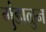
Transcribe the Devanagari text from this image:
गुंडाळुन